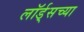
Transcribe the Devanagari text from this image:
लॉर्ड्‌सच्या